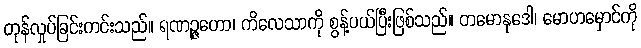
တုန်လှုပ်ခြင်းကင်းသည်။ ရဏဉ္ဇဟော၊ ကိလေသာကို စွန့်ပယ်ပြီးဖြစ်သည်။ တမောနုဒေါ၊ မောဟမှောင်ကို